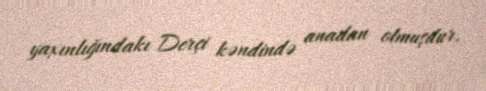
yaxınlığındakı Derçi kəndində anadan olmuşdur.